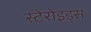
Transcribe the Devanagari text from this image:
स्टेरोइड्स